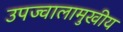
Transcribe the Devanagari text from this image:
उपज्वालामुखीय